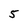
Character: 5